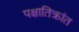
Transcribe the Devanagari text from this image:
पक्षातिक्रांत